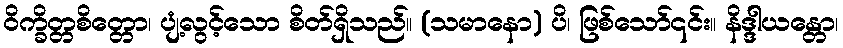
ဝိက္ခိတ္တစိတ္တော၊ ပျံ့လွင့်သော စိတ်ရှိသည်။ (သမာနော) ပိ၊ ဖြစ်သော်၎င်း။ နိဒ္ဒါယန္တော၊